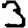
Digit: 3